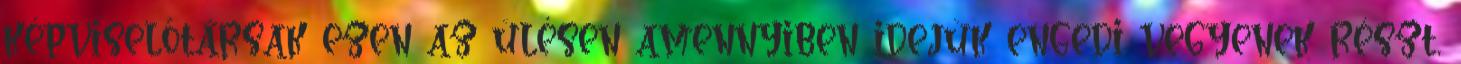
képviselőtársak ezen az ülésen amennyiben idejük engedi vegyenek részt,